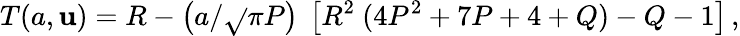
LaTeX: T(a,\mathbf{u})=R-\left(a/{\sqrt{}{{\pi}}}P\right)~\left[R^{2}~(4P^{2}+7P+4+Q)-Q-1\right]\, ,